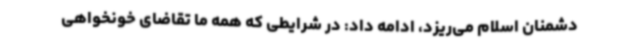
دشمنان اسلام می‌ریزد، ادامه داد: در شرایطی که همه ما تقاضای خونخواهی